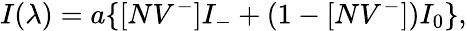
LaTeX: I(\lambda)=a\{ [NV^{-}]I_{-}+(1-[NV^{-}])I_{0}\} ,